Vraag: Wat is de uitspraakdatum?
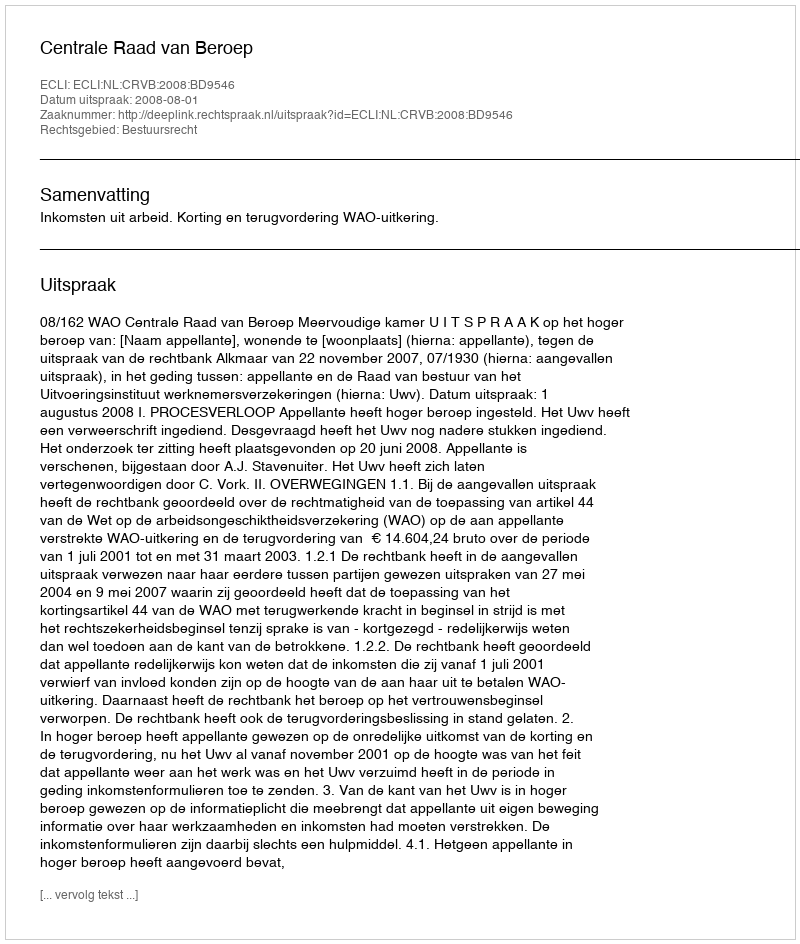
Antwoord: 2008-08-01